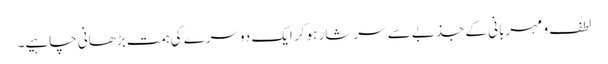
لطف و مہربانی کے جذبے سے سرشار ہو کر ایک دوسرے کی ہمت بڑھانی چاہیے۔